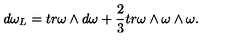
d \omega _ { L } = t r \omega \wedge d \omega + \frac { 2 } { 3 } t r \omega \wedge \omega \wedge \omega .